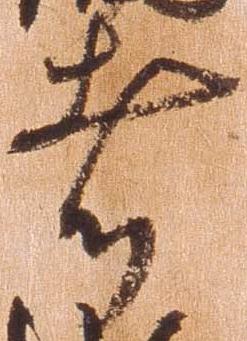
者